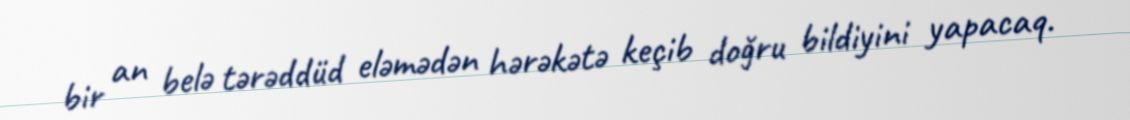
bir an belə tərəddüd eləmədən hərəkətə keçib doğru bildiyini yapacaq.